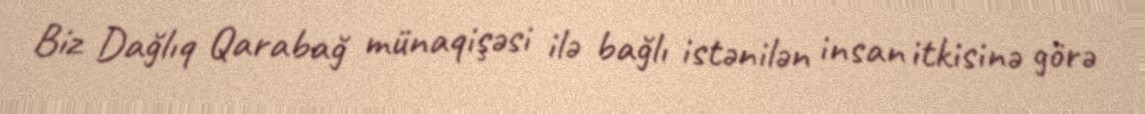
Biz Dağlıq Qarabağ münaqişəsi ilə bağlı istənilən insan itkisinə görə